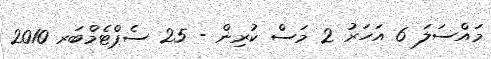
މައްސަލަ 6 އަހަރު 2 މަސް ކުރިން - 25 ސެޕްޓެމްބަރ 2010